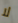
لا